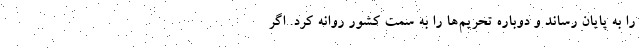
را به پایان رساند و دوباره تحریم‌ها را به سمت کشور روانه کرد. اگر